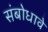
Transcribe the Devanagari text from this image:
संबोधावे